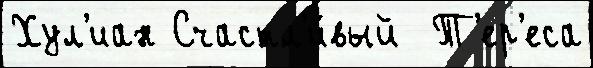
Хул'иан Счастл'и́вый  Т'ер'еса